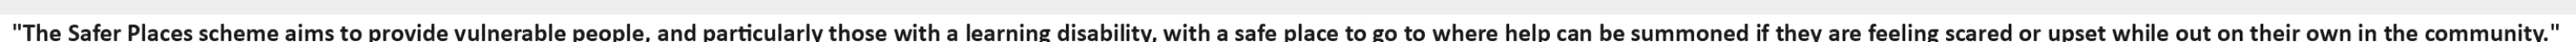
"The Safer Places scheme aims to provide vulnerable people, and particularly those with a learning disability, with a safe place to go to where help can be summoned if they are feeling scared or upset while out on their own in the community."